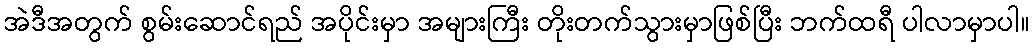
အဲဒီအတွက် စွမ်းဆောင်ရည် အပိုင်းမှာ အများကြီး တိုးတက်သွားမှာဖြစ်ပြီး ဘက်ထရီ ပါလာမှာပါ။